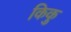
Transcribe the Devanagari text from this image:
किकु